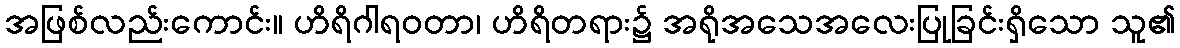
အဖြစ်လည်းကောင်း။ ဟိရိဂါရဝတာ၊ ဟိရိတရား၌ အရိုအသေအလေးပြုခြင်းရှိသော သူ၏